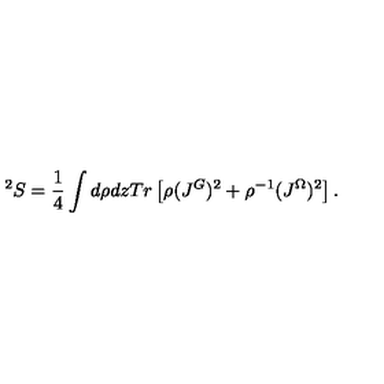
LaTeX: ^ 2 S = \frac { 1 } { 4 } \int d \rho d z T r \left[ \rho ( J ^ { G } ) ^ { 2 } + \rho ^ { - 1 } ( J ^ { \Omega } ) ^ { 2 } \right] .